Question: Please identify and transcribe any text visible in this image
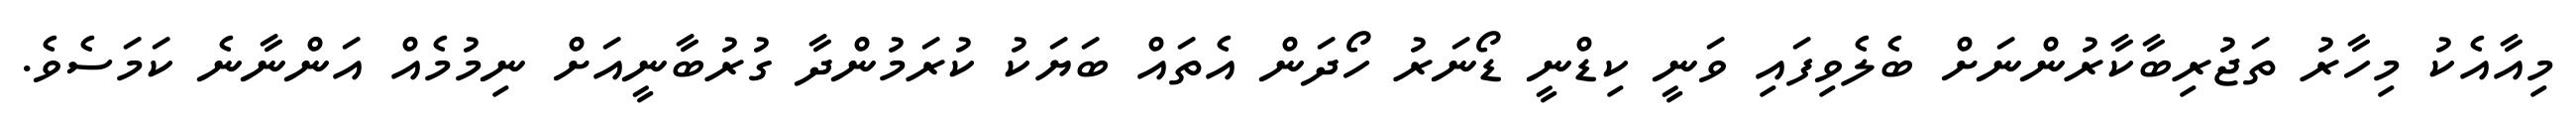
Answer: މިއާއެކު މިހާރު ތަޖުރިބާކާރުންނަށް ބެލެވިފައި ވަނީ ކިޑްނީ ޑޯނަރު ހޯދަން އެތައް ބަޔަކު ކުރަމުންދާ ގުރުބާނީއަށް ނިމުމެއް އަންނާނެ ކަމަސެވެ.